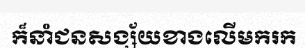
ក៏នាំជនសង្ស័យខាងលើមករក